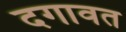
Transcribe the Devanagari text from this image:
दगावत